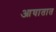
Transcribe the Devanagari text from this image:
आघातात